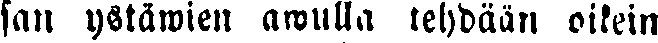
san ystäiwien amulla tehdään oikein